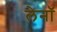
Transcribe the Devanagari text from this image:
लेनॉ